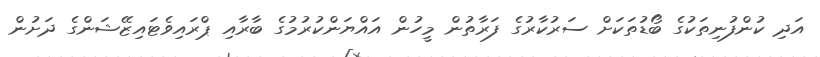
އަދި ކުންފުނިތަކުގެ ބޯޑުތަކަށް ސަރުކާރުގެ ފަރާތުން މީހުން އައްޔަންކުރުމުގެ ބާރާއި ޕްރައިވެޓައިޒޭޝަންގެ ދަށުން